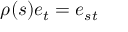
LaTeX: \rho ( s ) e _ { t } = e _ { s t }